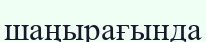
шаңырағында